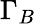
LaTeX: \Gamma_{B}